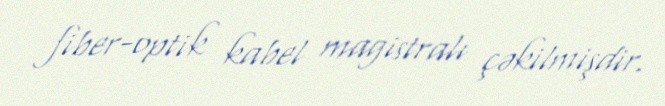
fiber-optik kabel magistralı çəkilmişdir.